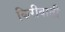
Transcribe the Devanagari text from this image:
किरीबाती